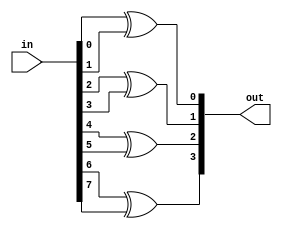
module XORarr #(parameter N = 8)(input [N-1:0]in, output [(N/2)-1:0]out);
    genvar i;
    generate
        for(i=0;i<N/2;i=i+1)
            begin
                xor x(out[i],in[2*i],in[2*i+1]);
            end
    endgenerate
endmodule

module parityGen #(parameter N = 8)(input [N-1:0]in, output out);
    genvar i;
    generate
    for(i=N;i>=1;i=i/2)
    begin : LV
        wire [(i/2)-1:0]out1;
        if (i==N)
            XORarr x(in,out1);
        else if(i==1)
            assign out=LV[2].out1;
        else
            XORarr #(i)x(LV[2*i].out1,out1);
    end
    endgenerate
endmodule

module top;
    reg [7:0]Number;
    wire out;
    parityGen Pg(Number,out);
    initial
    begin
        #0 Number = 8'b00000011;
        #10 Number = 8'b10001001;
    end

    initial
    begin
        $monitor($time,"Number=%b Parity=%b",Number,out);
    end

endmodule